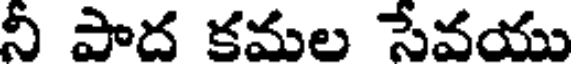
నీ పాద కమల సేవయు